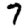
Digit: 7